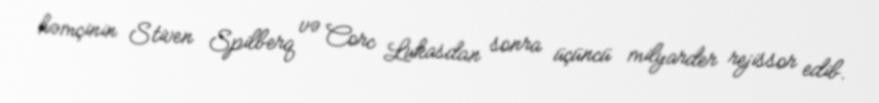
həmçinin Stiven Spilberq və Corc Lukasdan sonra üçüncü milyarder rejissor edib.